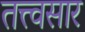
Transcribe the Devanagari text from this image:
तत्त्वसार